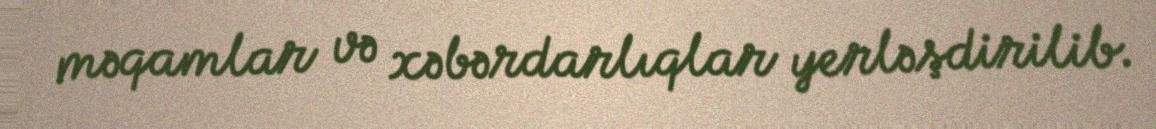
məqamlar və xəbərdarlıqlar yerləşdirilib.